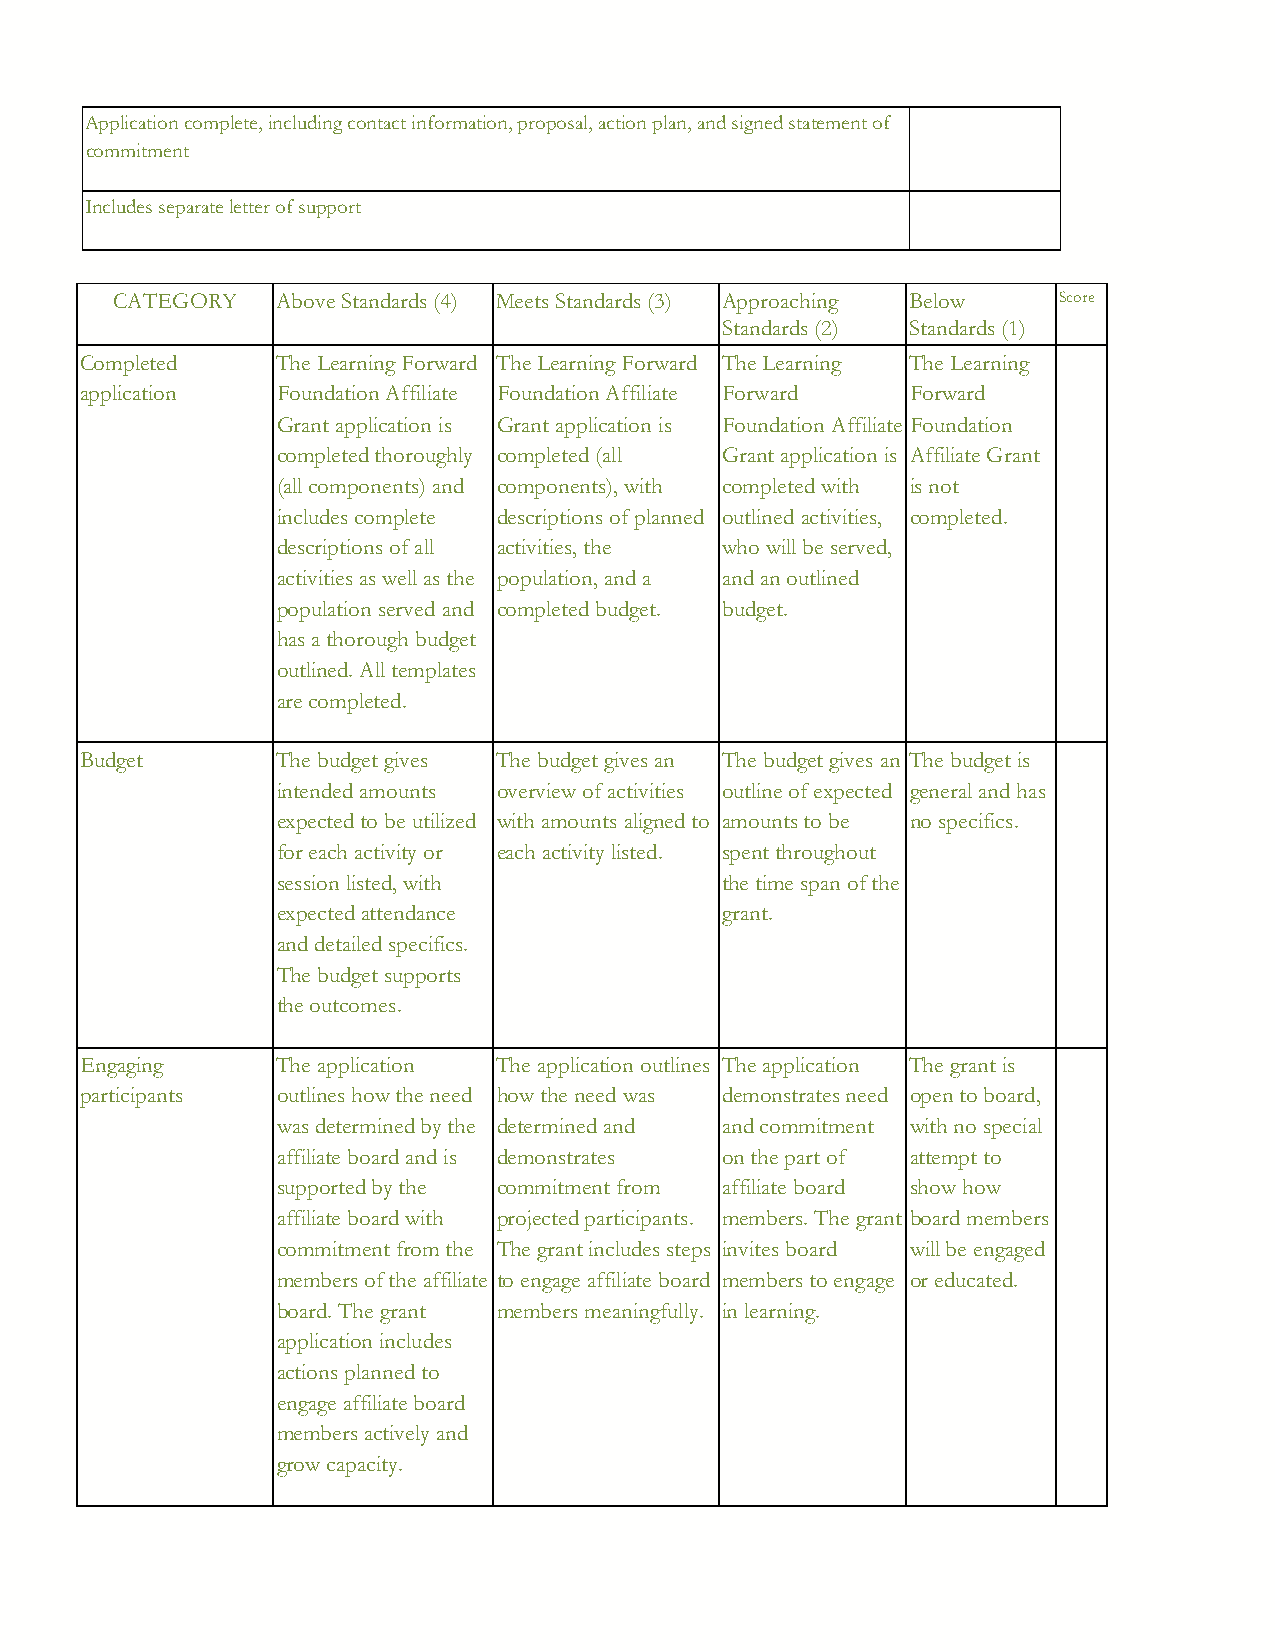
Application complete, including contact information, proposal, action plan, and signed statement of
 commitment
 Includes separate letter of support
 CATEGORY   Above Standards (4) Meets Standards (3) Approaching Below Score
 Standards (2) Standards (1)
 Completed    The Learning Forward The Learning Forward The Learning The Learning
 application  Foundation Affiliate Foundation Affiliate Forward Forward
 Grant application is Grant application is Foundation Affiliate Foundation
 completed thoroughly completed (all Grant application is Affiliate Grant
 (all components) and components), with completed with is not
 includes complete descriptions of planned outlined activities, completed.
 descriptions of all activities, the who will be served,
 activities as well as the population, and a and an outlined
 population served and completed budget. budget.
 has a thorough budget
 outlined. All templates
 are completed.
 Budget       The budget gives The budget gives an The budget gives an The budget is
 intended amounts overview of activities outline of expected general and has
 expected to be utilized with amounts aligned to amounts to be no specifics.
 for each activity or each activity listed. spent throughout
 session listed, with          the time span of the
 expected attendance           grant.
 and detailed specifics.
 The budget supports
 the outcomes.
 Engaging     The application The application outlines The application The grant is
 participants outlines how the need how the need was demonstrates need open to board,
 was determined by the determined and and commitment with no special
 affiliate board and is demonstrates on the part of attempt to
 supported by the commitment from affiliate board show how
 affiliate board with projected participants. members. The grant board members
 commitment from the The grant includes steps invites board will be engaged
 members of the affiliate to engage affiliate board members to engage or educated.
 board. The grant members meaningfully. in learning.
 application includes
 actions planned to
 engage affiliate board
 members actively and
 grow capacity.